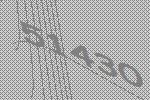
51430